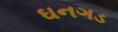
ઘનગડ